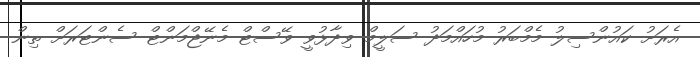
އެރަށު ކައުންސިލު މެމްބަރު މުހައްމަދު ސަލީމް ވިދާޅުވީ ވޭސްޓް މެނޭޖްމަންޓް ސެންޓަރަށް ތިން